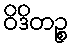
ဝိဒိတဉ္စ